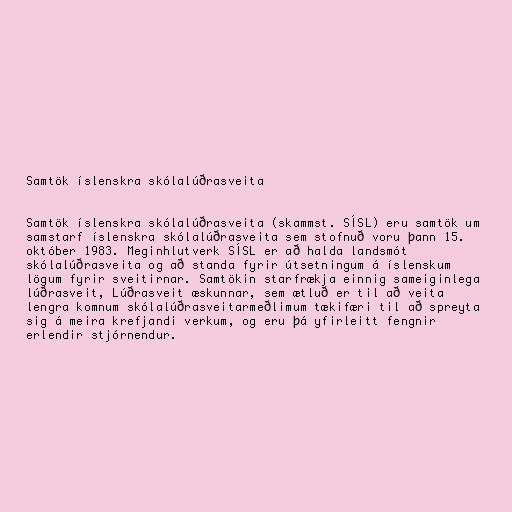
Samtök íslenskra skólalúðrasveita

Samtök íslenskra skólalúðrasveita (skammst. SÍSL) eru samtök um
samstarf íslenskra skólalúðrasveita sem stofnuð voru þann 15.
október 1983. Meginhlutverk SÍSL er að halda landsmót
skólalúðrasveita og að standa fyrir útsetningum á íslenskum
lögum fyrir sveitirnar. Samtökin starfrækja einnig sameiginlega
lúðrasveit, Lúðrasveit æskunnar, sem ætluð er til að veita
lengra komnum skólalúðrasveitarmeðlimum tækifæri til að spreyta
sig á meira krefjandi verkum, og eru þá yfirleitt fengnir
erlendir stjórnendur.